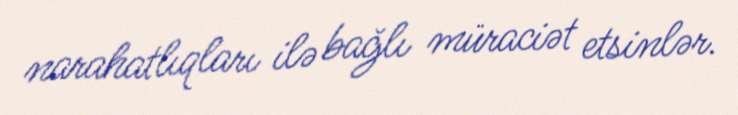
narahatlıqları ilə bağlı müraciət etsinlər.